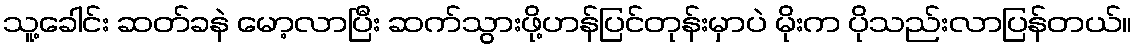
သူ့ခေါင်း ဆတ်ခနဲ မော့လာပြီး ဆက်သွားဖို့ဟန်ပြင်တုန်းမှာပဲ မိုးက ပိုသည်းလာပြန်တယ်။